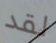
لقد